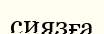
сиязға